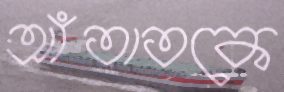
আঁতাতকে